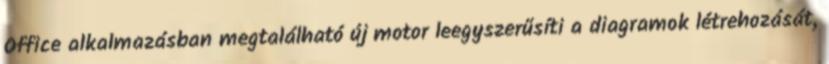
Office alkalmazásban megtalálható új motor leegyszerűsíti a diagramok létrehozását,